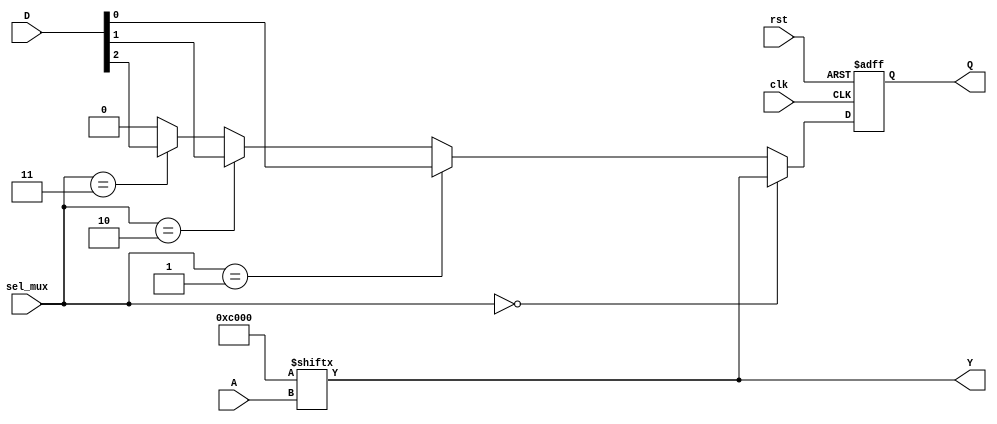
module CLB (
    input wire [3:0] A,          // 4-bit input for LUT
    input wire [1:0] sel_mux,    // 2-bit selector for multiplexer
    input wire clk,              // Clock for flip-flops
    input wire rst,              // Reset signal
    input wire [3:0] D,          // Data input for flip-flops
    output wire Y,               // Output from LUT
    output wire Q                // Output from flip-flop
);

    // Configuration memory for LUT (4-input)
    reg [15:0] lut_memory; // 16 entries for 4-input LUT
    wire [3:0] lut_input = A; // LUT input
    wire lut_output; // Output from LUT

    // Initialize LUT memory (example: simple AND function)
    initial begin
        lut_memory = 16'b0000000000000000; // Default: all outputs 0
        lut_memory[15] = 1; // Example: LUT output for 1111
        lut_memory[14] = 1; // Example: LUT output for 1110
        // Add more configurations as needed
    end

    // LUT functionality
    assign lut_output = lut_memory[lut_input];

    // Multiplexer
    wire mux_output;
    assign mux_output = (sel_mux == 2'b00) ? lut_output :
                        (sel_mux == 2'b01) ? D[0] :
                        (sel_mux == 2'b10) ? D[1] :
                        (sel_mux == 2'b11) ? D[2] : 1'b0;

    // Flip-Flop
    reg flip_flop;
    always @(posedge clk or posedge rst) begin
        if (rst) begin
            flip_flop <= 1'b0;
        end else begin
            flip_flop <= mux_output; // Store the output of the multiplexer
        end
    end

    // Output assignments
    assign Y = lut_output; // Output from LUT
    assign Q = flip_flop;  // Output from flip-flop

endmodule